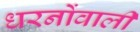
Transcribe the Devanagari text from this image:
धरनोंवाली